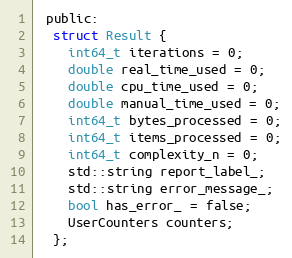
Language: C
 public:
  struct Result {
    int64_t iterations = 0;
    double real_time_used = 0;
    double cpu_time_used = 0;
    double manual_time_used = 0;
    int64_t bytes_processed = 0;
    int64_t items_processed = 0;
    int64_t complexity_n = 0;
    std::string report_label_;
    std::string error_message_;
    bool has_error_ = false;
    UserCounters counters;
  };